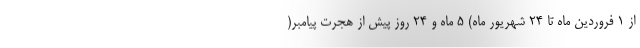
از ۱ فروردین ماه تا ۲۴ شهریور ماه) ۵ ماه و ۲۴ روز پیش از هجرت پیامبر(